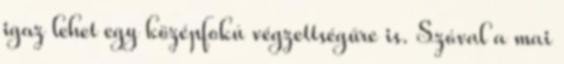
igaz lehet egy középfokú végzettségűre is. Szóval a mai